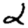
Digit: 2